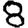
Digit: 8